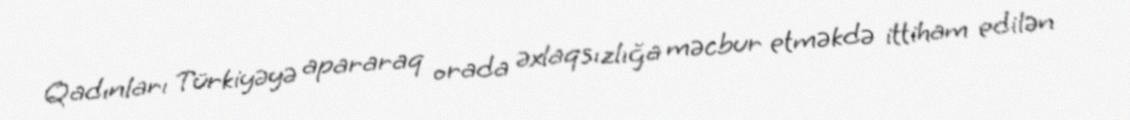
Qadınları Türkiyəyə apararaq orada əxlaqsızlığa məcbur etməkdə ittiham edilən